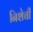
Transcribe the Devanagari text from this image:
निशेची